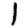
Digit: 1